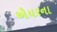
ઐયરના